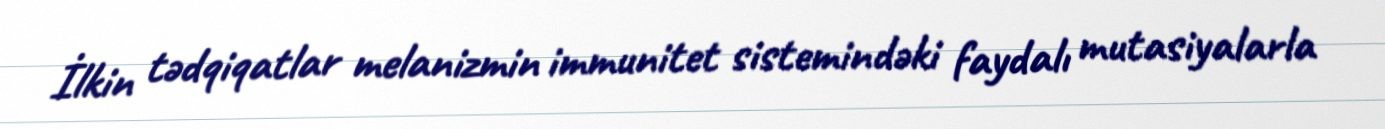
İlkin tədqiqatlar melanizmin immunitet sistemindəki faydalı mutasiyalarla